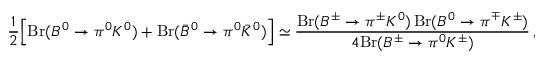
\frac 1 2 \Big [ \mathrm { B r } ( B ^ { 0 } \to \pi ^ { 0 } K ^ { 0 } ) + \mathrm { B r } ( \bar { B } ^ { 0 } \to \pi ^ { 0 } \bar { K } ^ { 0 } ) \Big ] \simeq \frac { \mathrm { B r } ( B ^ { \pm } \to \pi ^ { \pm } K ^ { 0 } ) \, \mathrm { B r } ( B ^ { 0 } \to \pi ^ { \mp } K ^ { \pm } ) } { 4 \mathrm { B r } ( B ^ { \pm } \to \pi ^ { 0 } K ^ { \pm } ) } \, ,